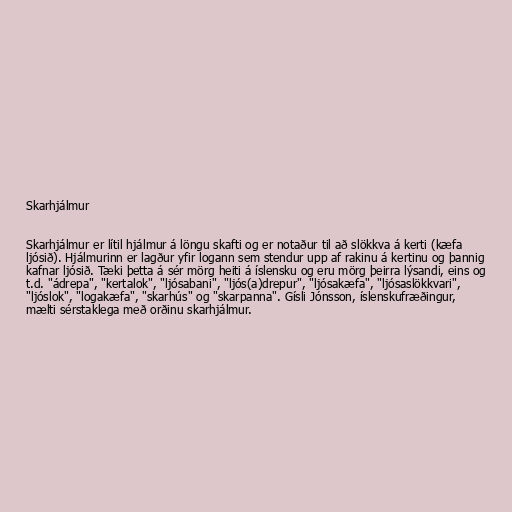
Skarhjálmur

Skarhjálmur er lítil hjálmur á löngu skafti og er notaður til að slökkva á kerti (kæfa
ljósið). Hjálmurinn er lagður yfir logann sem stendur upp af rakinu á kertinu og þannig
kafnar ljósið. Tæki þetta á sér mörg heiti á íslensku og eru mörg þeirra lýsandi, eins og
t.d. "ádrepa", "kertalok", "ljósabani", "ljós(a)drepur", "ljósakæfa", "ljósaslökkvari",
"ljóslok", "logakæfa", "skarhús" og "skarpanna". Gísli Jónsson, íslenskufræðingur,
mælti sérstaklega með orðinu skarhjálmur.